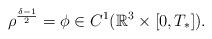
LaTeX: \begin{align*}\rho^{\frac{\delta-1}{2}}=\phi\in C^1(\mathbb{R}^3\times[0, T_*]).\end{align*}